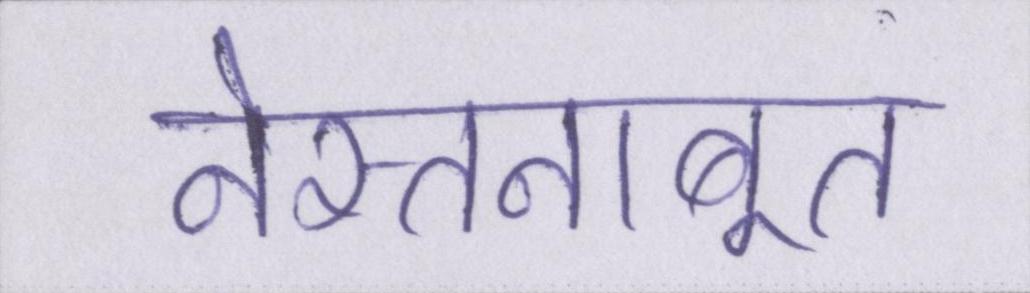
नेस्तनाबूत